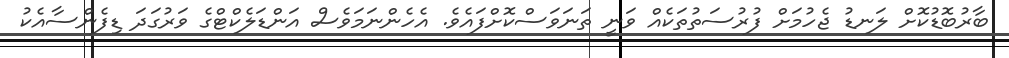
ބާރުބޮޑުކޮށް ލަނޑު ޖެހުމަށް ފުރުސަތުތަކެއް ވަނީ ތަނަވަސްކޮށްފައެވެ. އެހެންނަމަވެސް އަންޑަލެކްޓްގެ ވަރުގަދަ ޑިފެންސާއެކު